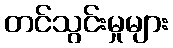
တင်သွင်းမှုများ